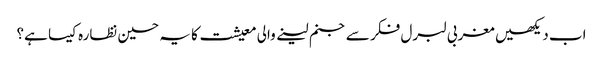
اب دیکھیں مغربی لبرل فکر سے جنم لینے والی معیشت کا یہ حسین نظارہ کیسا ہے؟